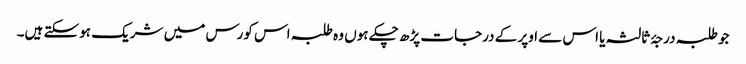
جو طلبہ درجۂ ثالثہ یا اس سے اوپر کے درجات پڑھ چکے ہوں وہ طلبہ اس کورس میں شریک ہوسکتے ہیں۔